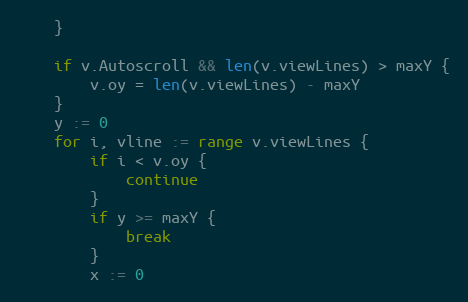
Language: Go
	}

	if v.Autoscroll && len(v.viewLines) > maxY {
		v.oy = len(v.viewLines) - maxY
	}
	y := 0
	for i, vline := range v.viewLines {
		if i < v.oy {
			continue
		}
		if y >= maxY {
			break
		}
		x := 0